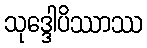
သုဒ္ဒေါပိဿာဿ